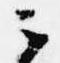
云